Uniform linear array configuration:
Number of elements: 12
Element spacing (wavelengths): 0.5
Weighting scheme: exponential
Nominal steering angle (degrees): -45
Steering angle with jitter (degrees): -46.072
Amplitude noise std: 0.05
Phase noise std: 0.05

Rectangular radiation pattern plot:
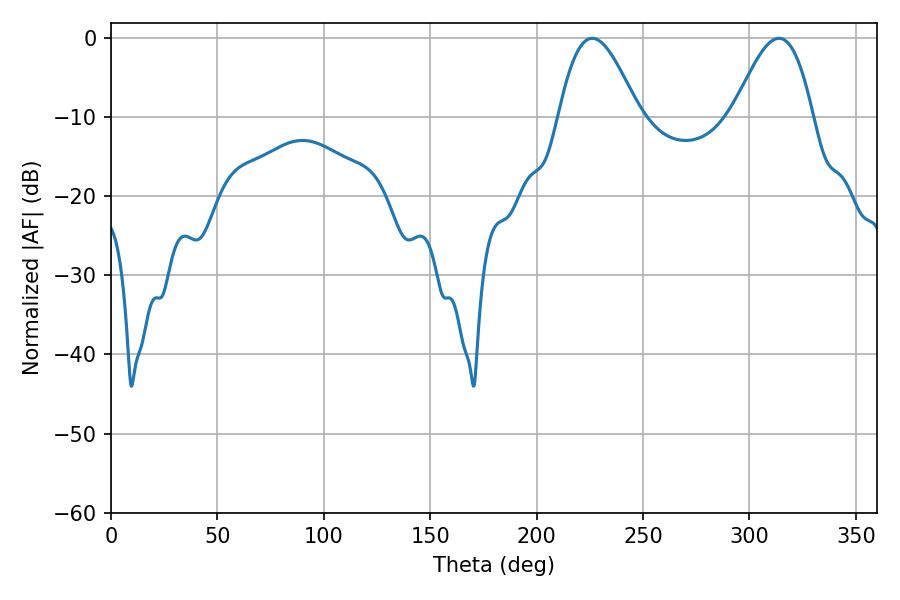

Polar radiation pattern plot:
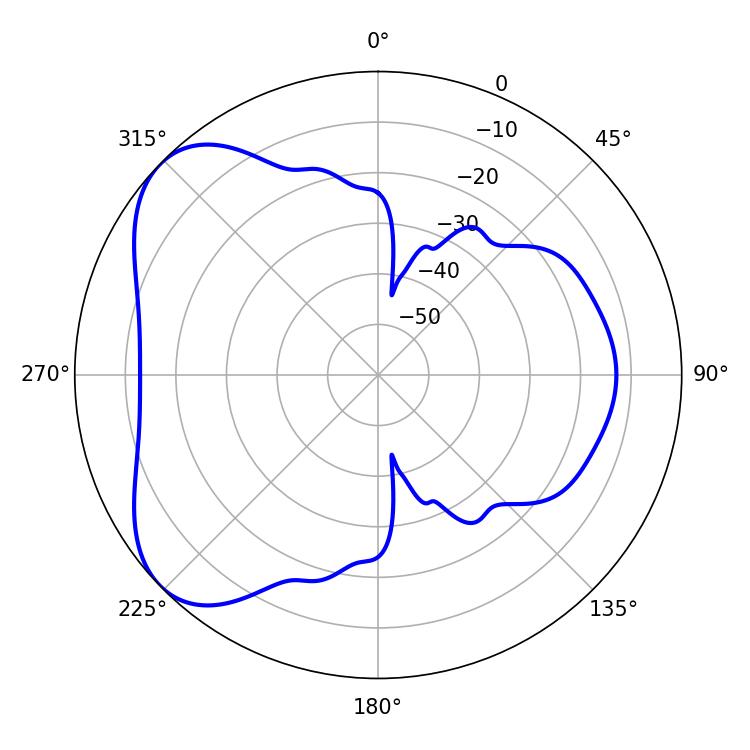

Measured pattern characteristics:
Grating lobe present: FALSE
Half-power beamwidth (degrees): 20.16
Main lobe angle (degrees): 226.08